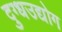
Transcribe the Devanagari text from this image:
दुग्धउद्योग